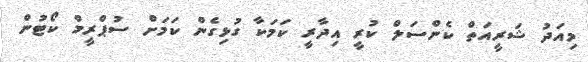
މިއަދު ޝަރީއަތް ކެންސަލް ކުރީ އިދާރީ ކަމަކާ ގުޅިގެން ކަމަށް ސުޕްރީމް ކޯޓުން